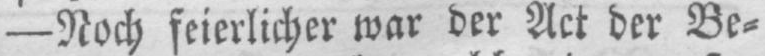
- Noch feierlicher war der Act der Be⸗